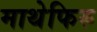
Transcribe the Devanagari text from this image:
माथेफिरु